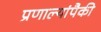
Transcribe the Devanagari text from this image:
प्रणाल्यांपैकी